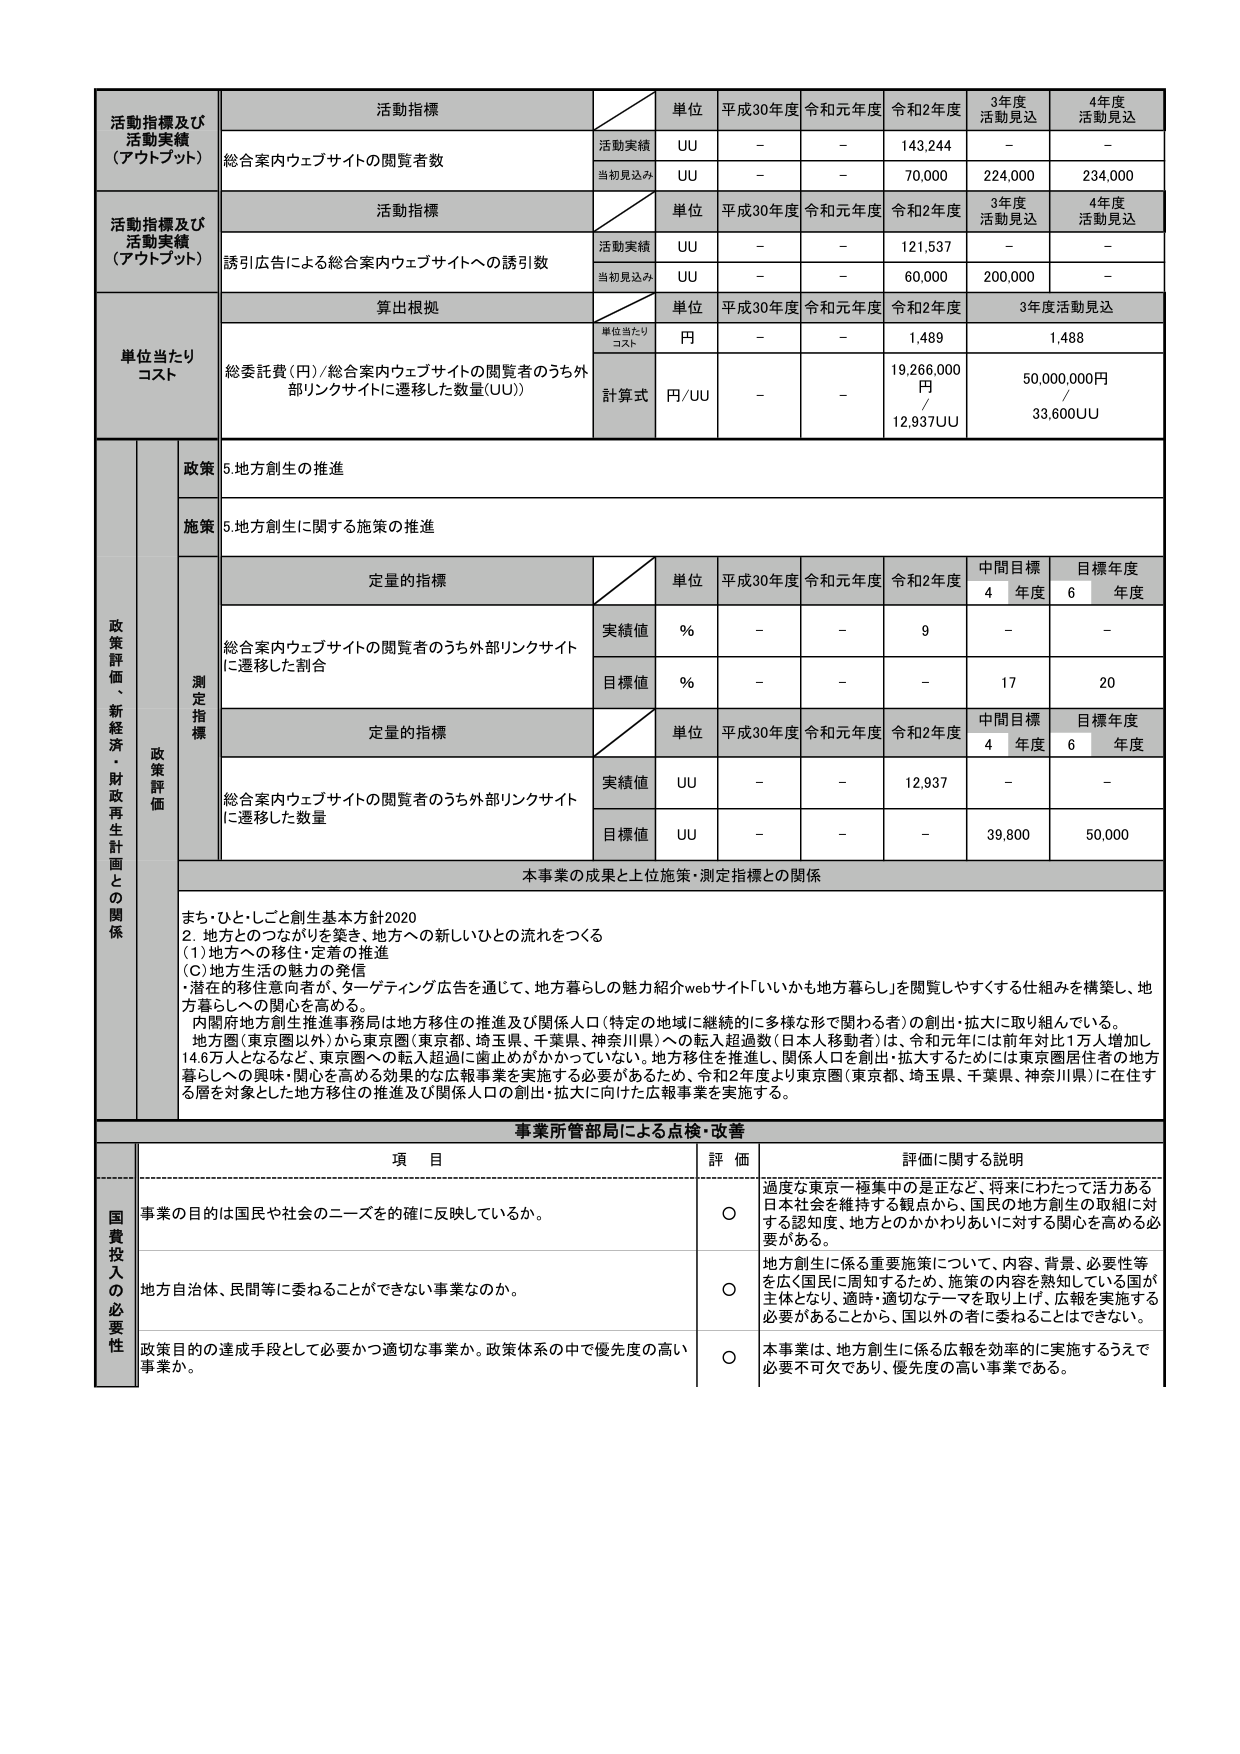
活動指標及び
活動実績
（アウトプット）
活動指標
単位
平成30年度
令和元年度
令和2年度
3年度
活動見込
4年度
活動見込
総合案内ウェブサイトの閲覧者数
活動実績
UU
－
－
143,244
－
－
当初見込み
UU
－
－
70,000
224,000
234,000

活動指標及び
活動実績
（アウトプット）
活動指標
単位
平成30年度
令和元年度
令和2年度
3年度
活動見込
4年度
活動見込
誘引広告による総合案内ウェブサイトへの誘引数
活動実績
UU
－
－
121,537
－
－
当初見込み
UU
－
－
60,000
200,000
－

単位当たり
コスト
算出根拠
単位
平成30年度
令和元年度
令和2年度
3年度活動見込
単位当たり
コスト
円
－
－
1,489
1,488
総委託費（円）／総合案内ウェブサイトの閲覧者のうち外部リンクサイトに遷移した数量（UU））
計算式
円／UU
－
－
19,266,000
円
／
12,937UU
50,000,000円
／
33,600UU

政策評価、新経済・財政再生計画との関係
政策
5.地方創生の推進
施策
5.地方創生に関する施策の推進
測定指標
定量的指標
単位
平成30年度
令和元年度
令和2年度
中間目標
4年度
目標年度
6年度
総合案内ウェブサイトの閲覧者のうち外部リンクサイトに遷移した割合
実績値
％
－
－
9
－
－
目標値
％
－
－
－
17
20
定量的指標
単位
平成30年度
令和元年度
令和2年度
中間目標
4年度
目標年度
6年度
総合案内ウェブサイトの閲覧者のうち外部リンクサイトに遷移した数量
実績値
UU
－
－
12,937
－
－
目標値
UU
－
－
－
39,800
50,000

本事業の成果と上位施策・測定指標との関係
まち・ひと・しごと創生基本方針2020
2．地方とのつながりを築き、地方への新しいひとの流れをつくる
（1）地方への移住・定着の推進
（C）地方生活の魅力の発信
・潜在的移住意向者が、ターゲティング広告を通じて、地方暮らしの魅力紹介webサイト「いいかも地方暮らし」を閲覧しやすくする仕組みを構築し、地方暮らしへの関心を高める。
内閣府地方創生推進事務局は地方移住の推進及び関係人口（特定の地域に継続的に多様な形で関わる者）の創出・拡大に取り組んでいる。
地方圏（東京圏以外）から東京圏（東京都、埼玉県、千葉県、神奈川県）への転入超過数（日本人移動者）は、令和元年には前年対比1万人増加し14.6万人となるなど、東京圏への転入超過に歯止めがかからない。地方移住を推進し、関係人口を創出・拡大するためには東京圏居住者の地方暮らしへの興味・関心を高める効果的な広報事業を実施する必要があるため、令和2年度より東京圏（東京都、埼玉県、千葉県、神奈川県）に在住する層を対象とした地方移住の推進及び関係人口の創出・拡大に向けた広報事業を実施する。

事業所管部局による点検・改善
項目
評価
評価に関する説明
国費投入の必要性
事業の目的は国民や社会のニーズを的確に反映しているか。
○
過度な東京一極集中の是正など、将来にわたって活力ある日本社会を維持する観点から、国民の地方創生の取組に対する認知度、地方とのかかわりあいに対する関心を高める必要がある。
地方自治体、民間等に委ねることができない事業なのか。
○
地方創生に係る重要施策について、内容、背景、必要性等を広く国民に周知するため、施策の内容を熟知している国が主体となり、適時・適切なテーマを取り上げ、広報を実施する必要があることから、国以外の者に委ねることはできない。
政策目的の達成手段として必要かつ適切な事業か。政策体系の中で優先度の高い事業か。
○
本事業は、地方創生に係る広報を効率的に実施するうえで必要不可欠であり、優先度の高い事業である。